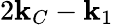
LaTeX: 2\mathbf{k}_{C}-\mathbf{k}_{1}